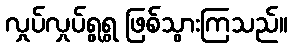
လှုပ်လှုပ်ရွရွ ဖြစ်သွားကြသည်။